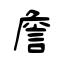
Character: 詹